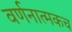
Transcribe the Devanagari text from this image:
वर्णनात्मकच